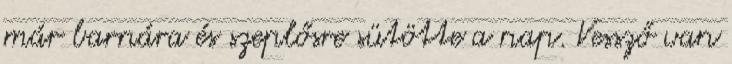
már barnára és szeplősre sütötte a nap. Vessző van